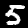
Digit: 5